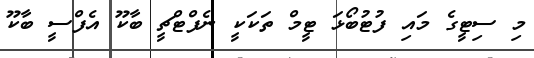
މި ސިޓީގެ މައި ފުޓުބޯޅަ ޓީމް ތަކަކީ ނެފްޓްޗީ ބާކޫ އެފްސީ ބާކޫ